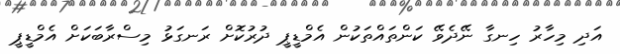
އަދި މިހާރު ހިނގާ ނޭދެވޭ ކަންތައްތަކުން އެމްޑީޕީ ދުރުކޮށް ރަނގަޅު މިސްރާބަކަށް އެމްޑީޕީ